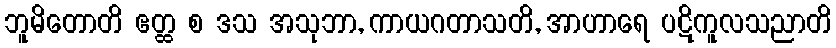
ဘူမိတောတိ ဧတ္ထ စ ဒသ အသုဘာ, ကာယဂတာသတိ, အာဟာရေ ပဋိကူလသညာတိ